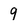
Character: 9